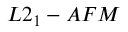
L 2 _ { 1 } - A F M